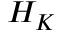
{ \cal { H } } _ { K }